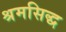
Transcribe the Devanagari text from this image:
श्रमसिद्ध